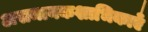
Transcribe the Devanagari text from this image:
असमानकशाभिकाएँ